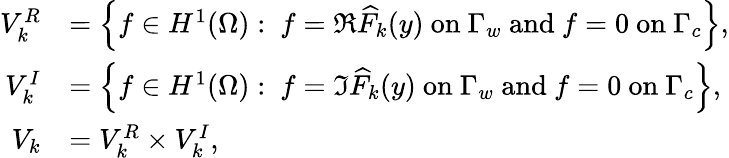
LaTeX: \begin{array}{rl}{V_{k}^{R}}&{=\left\{ f\in H^{1}(\Omega):\ f=\Re{\widehat{F}_{k}(y)}\mathrm{~on~}\Gamma_{w}\mathrm{~and~}f=0\mathrm{~on~}\Gamma_{c}\right\} ,}\\ {V_{k}^{I}}&{=\left\{ f\in H^{1}(\Omega):\ f=\Im{\widehat{F}_{k}(y)}\mathrm{~on~}\Gamma_{w}\mathrm{~and~}f=0\mathrm{~on~}\Gamma_{c}\right\} ,}\\ {V_{k}}&{=V_{k}^{R}\times V_{k}^{I},}\end{array}